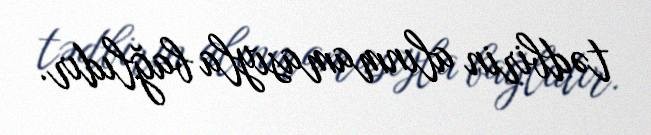
tədbirin alınmamasıyla bağlıdır.